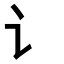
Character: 讠